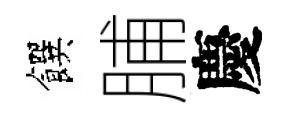
饌脯慶